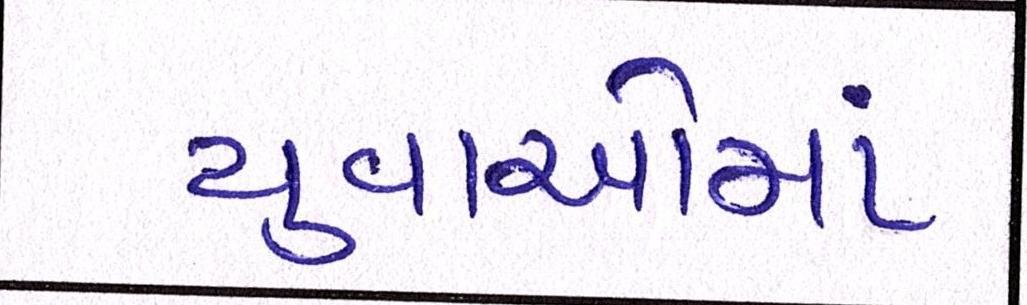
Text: યુવાઓમાં